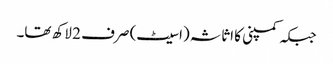
جبکہ کمپنی کا اثاثہ (اسیٹ) صرف 2 لاکھ تھا۔